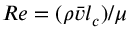
R e = ( \rho \Bar { v } l _ { c } ) / \mu